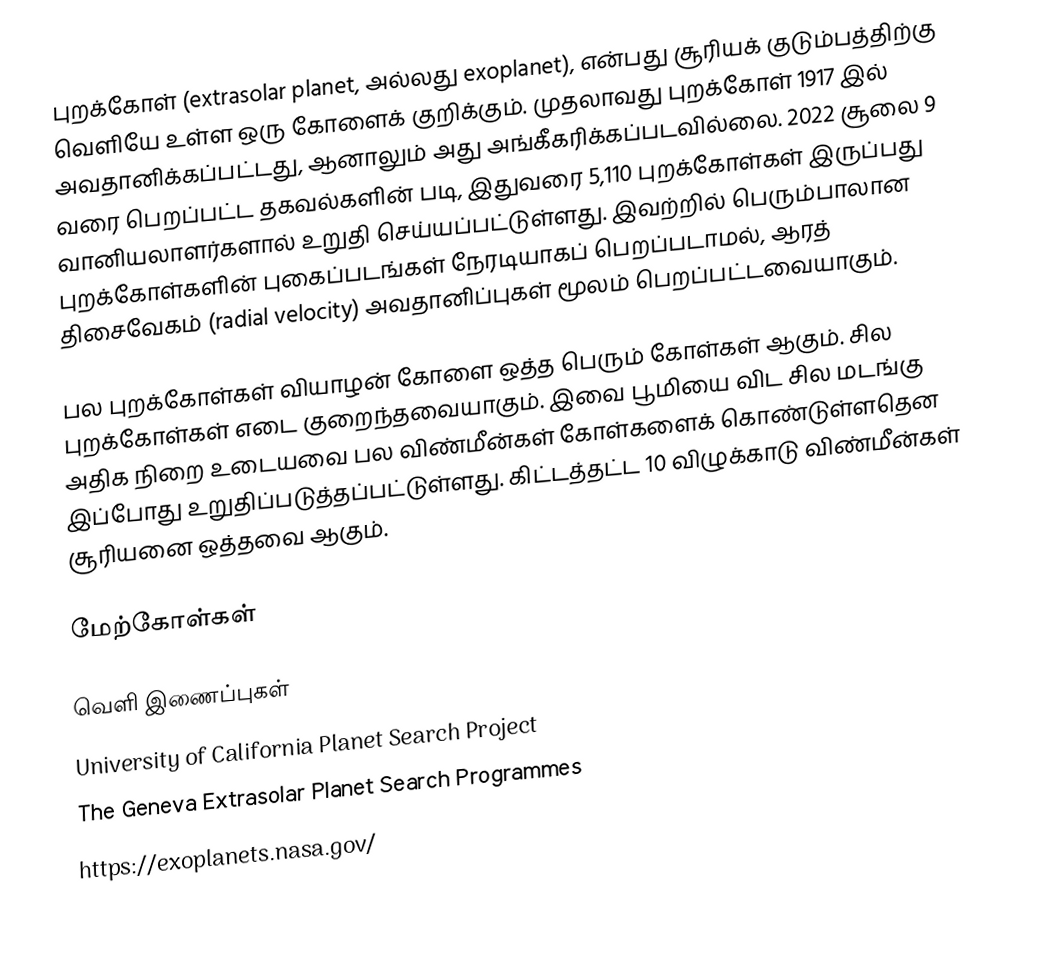
புறக்கோள் (extrasolar planet, அல்லது exoplanet), என்பது சூரியக் குடும்பத்திற்கு வெளியே உள்ள ஒரு கோளைக் குறிக்கும். முதலாவது புறக்கோள் 1917 இல் அவதானிக்கப்பட்டது, ஆனாலும் அது அங்கீகரிக்கப்படவில்லை. 2022 சூலை 9 வரை பெறப்பட்ட தகவல்களின் படி, இதுவரை 5,110 புறக்கோள்கள் இருப்பது வானியலாளர்களால் உறுதி செய்யப்பட்டுள்ளது. இவற்றில் பெரும்பாலான புறக்கோள்களின் புகைப்படங்கள் நேரடியாகப் பெறப்படாமல், ஆரத் திசைவேகம் (radial velocity) அவதானிப்புகள் மூலம் பெறப்பட்டவையாகும்.

பல புறக்கோள்கள் வியாழன் கோளை ஒத்த பெரும் கோள்கள் ஆகும். சில புறக்கோள்கள் எடை குறைந்தவையாகும். இவை பூமியை விட சில மடங்கு அதிக நிறை உடையவை  பல விண்மீன்கள் கோள்களைக் கொண்டுள்ளதென இப்போது உறுதிப்படுத்தப்பட்டுள்ளது. கிட்டத்தட்ட 10 விழுக்காடு விண்மீன்கள் சூரியனை ஒத்தவை ஆகும்.

மேற்கோள்கள்

வெளி இணைப்புகள்
 University of California Planet Search Project
 The Geneva Extrasolar Planet Search Programmes
 https://exoplanets.nasa.gov/